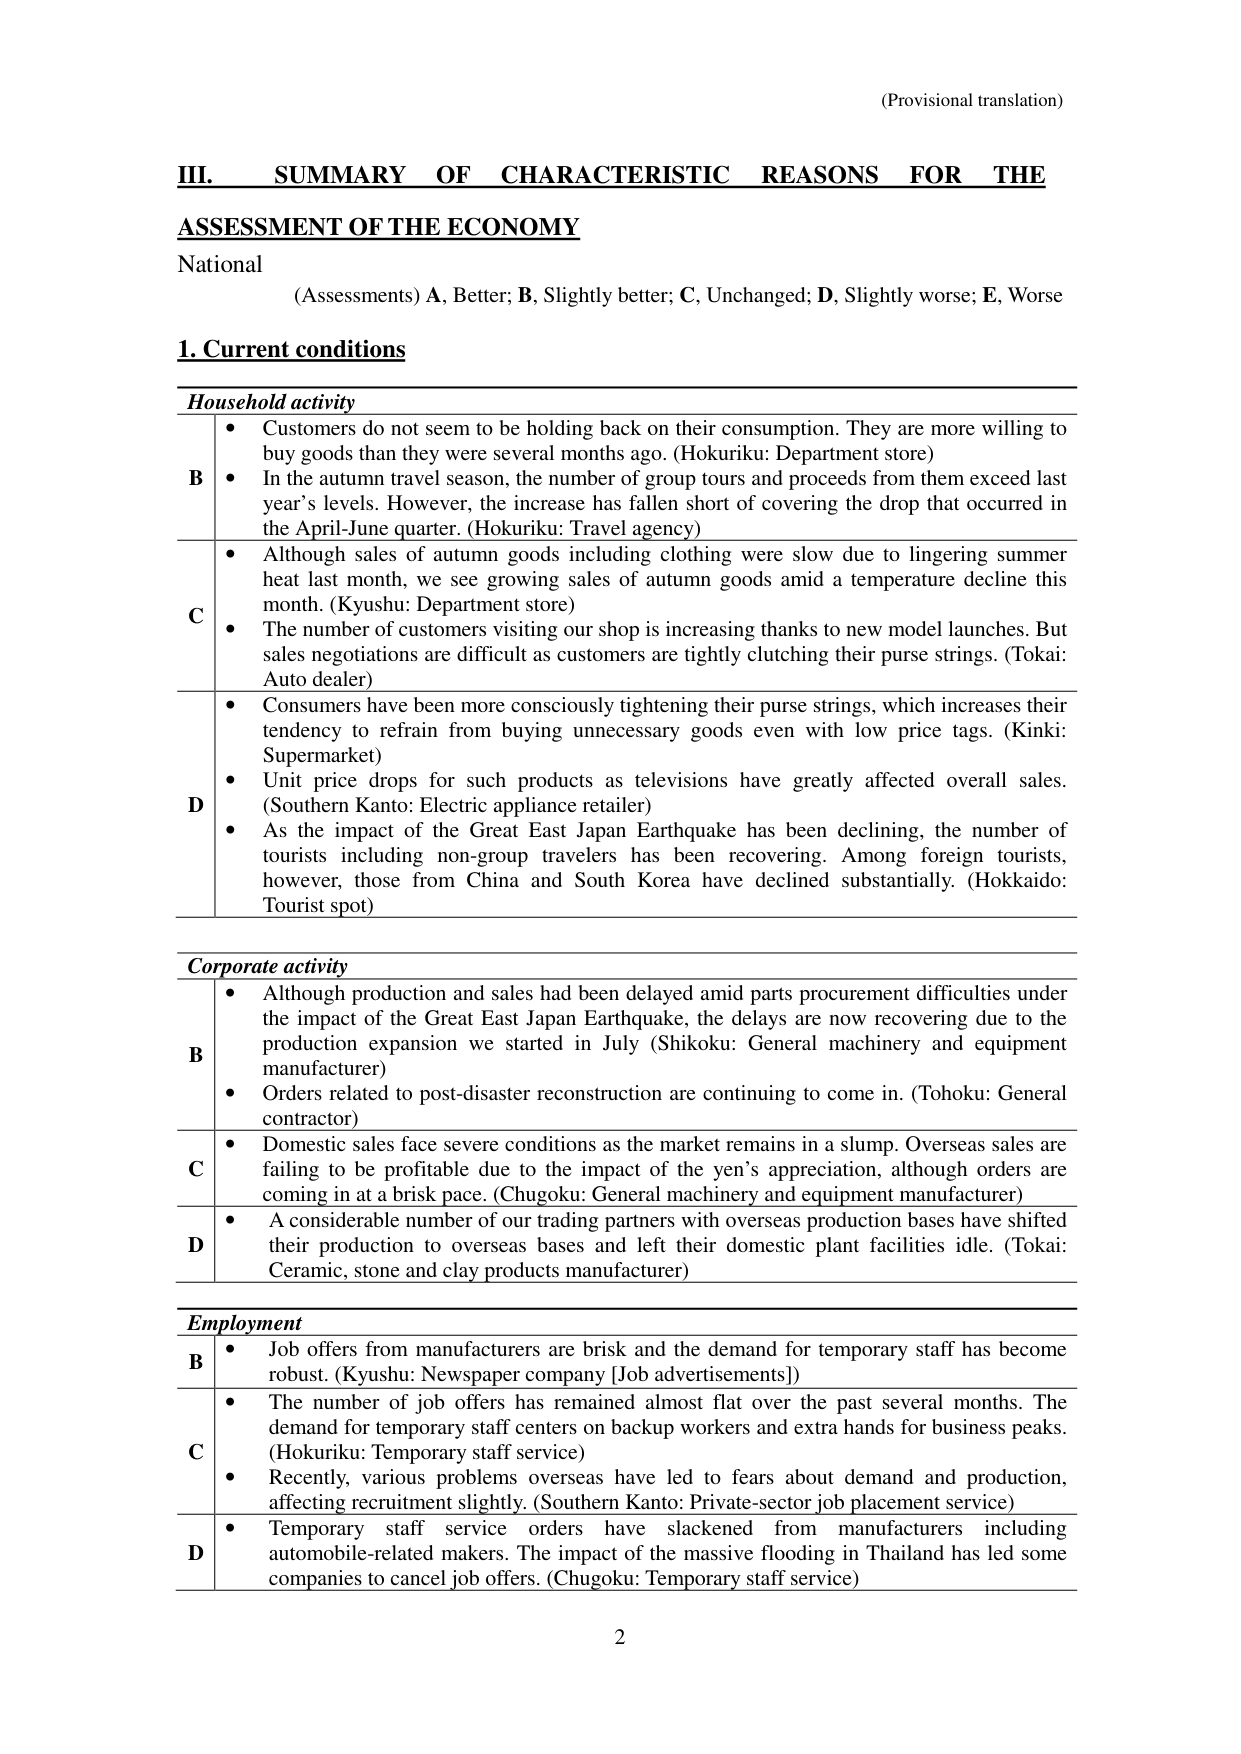
(Provisional translation)

III. SUMMARY OF CHARACTERISTIC REASONS FOR THE ASSESSMENT OF THE ECONOMY

National
(Assessments) A, Better; B, Slightly better; C, Unchanged; D, Slightly worse; E, Worse

1. Current conditions

Household activity

B
• Customers do not seem to be holding back on their consumption. They are more willing to buy goods than they were several months ago. (Hokuriku: Department store)
• In the autumn travel season, the number of group tours and proceeds from them exceed last year’s levels. However, the increase has fallen short of covering the drop that occurred in the April-June quarter. (Hokuriku: Travel agency)

C
• Although sales of autumn goods including clothing were slow due to lingering summer heat last month, we see growing sales of autumn goods amid a temperature decline this month. (Kyushu: Department store)
• The number of customers visiting our shop is increasing thanks to new model launches. But sales negotiations are difficult as customers are tightly clutching their purse strings. (Tokai: Auto dealer)

D
• Consumers have been more consciously tightening their purse strings, which increases their tendency to refrain from buying unnecessary goods even with low price tags. (Kinki: Supermarket)
• Unit price drops for such products as televisions have greatly affected overall sales. (Southern Kanto: Electric appliance retailer)
• As the impact of the Great East Japan Earthquake has been declining, the number of tourists including non-group travelers has been recovering. Among foreign tourists, however, those from China and South Korea have declined substantially. (Hokkaido: Tourist spot)

Corporate activity

B
• Although production and sales had been delayed amid parts procurement difficulties under the impact of the Great East Japan Earthquake, the delays are now recovering due to the production expansion we started in July (Shikoku: General machinery and equipment manufacturer)
• Orders related to post-disaster reconstruction are continuing to come in. (Tohoku: General contractor)

C
• Domestic sales face severe conditions as the market remains in a slump. Overseas sales are failing to be profitable due to the impact of the yen’s appreciation, although orders are coming in at a brisk pace. (Chugoku: General machinery and equipment manufacturer)

D
• A considerable number of our trading partners with overseas production bases have shifted their production to overseas bases and left their domestic plant facilities idle. (Tokai: Ceramic, stone and clay products manufacturer)

Employment

B
• Job offers from manufacturers are brisk and the demand for temporary staff has become robust. (Kyushu: Newspaper company [Job advertisements])

C
• The number of job offers has remained almost flat over the past several months. The demand for temporary staff centers on backup workers and extra hands for business peaks. (Hokuriku: Temporary staff service)
• Recently, various problems overseas have led to fears about demand and production, affecting recruitment slightly. (Southern Kanto: Private-sector job placement service)

D
• Temporary staff service orders have slackened from manufacturers including automobile-related makers. The impact of the massive flooding in Thailand has led some companies to cancel job offers. (Chugoku: Temporary staff service)

2